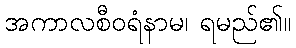
အကာလစီဝရံနာမ၊ ရမည်၏။